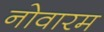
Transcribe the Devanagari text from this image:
नोवारम